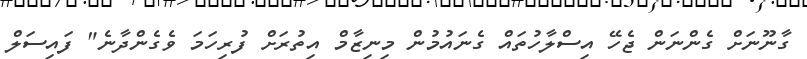
ގާނޫނަށް ގެންނަން ޖެހޭ އިސްލާހުތައް ގެނައުމުން މިނިޒާމް އިތުރަށް ފުރިހަމަ ވެގެންދާނެ" ފައިސަލް